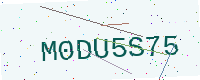
Text: M0DU5S75